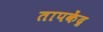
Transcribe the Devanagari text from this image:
तापकेंद्र